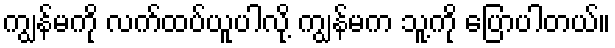
ကျွန်မကို လက်ထပ်ယူပါလို့ ကျွန်မက သူ့ကို ပြောပါတယ်။